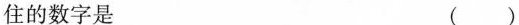
住的数字是()